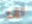
لقد